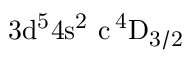
\mathrm { 3 d ^ { 5 } 4 s ^ { 2 } \ c \, ^ { 4 } D _ { 3 / 2 } }